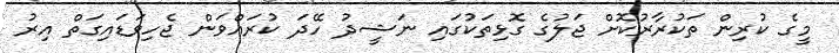
މީގެ ކުރިން ތަކުރާރުކޮށް ޖަލުގެ ގޮޅިތަކުގައި ނަޝީދު ހޭދަ ކުރައްވަން ޖެހިވަޑައިގަތް އިރު